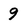
Character: 9